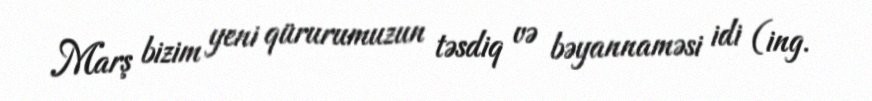
Marş bizim yeni qürurumuzun təsdiq və bəyannaməsi idi (ing.